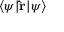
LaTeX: \langle \psi | \mathbf { \hat { r } } | \psi \rangle